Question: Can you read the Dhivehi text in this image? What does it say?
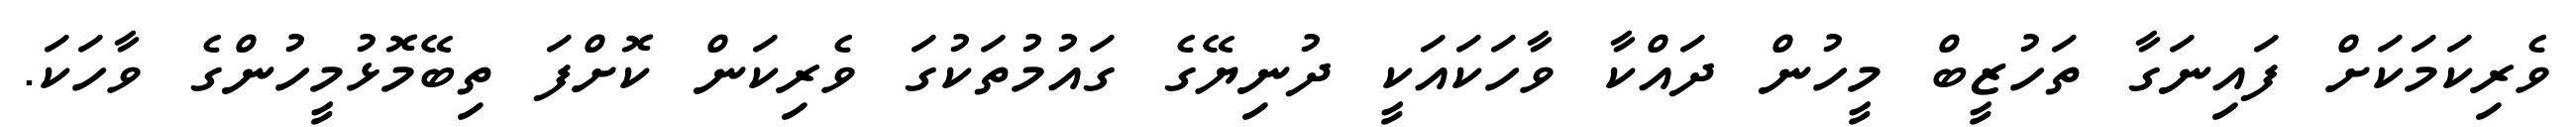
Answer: ވެރިކަމަކަށް ފައިނަގާ ތަހުޒީބް މީހުން ދައްކާ ވާހަކައަކީ ދުނިޔޭގެ ގައުމުތަކުގަ ވެރިކަން ކޮށްފަ ތިބޭމޮޅުމީހުންގެ ވާހަކަ.